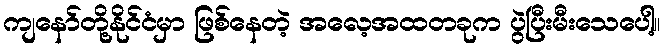
ကျနော်တို့နိုင်ငံမှာ ဖြစ်နေတဲ့ အလေ့အထတခုက ပွဲပြီးမီးသေပေါ့။